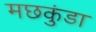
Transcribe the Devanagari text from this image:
मछकुंडा